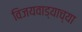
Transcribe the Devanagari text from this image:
विजयवाड्याच्या